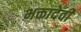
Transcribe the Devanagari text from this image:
भक्तादेवी